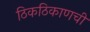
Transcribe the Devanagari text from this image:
ठिकठिकाणची